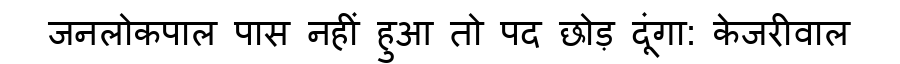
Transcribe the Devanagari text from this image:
जनलोकपाल पास नहीं हुआ तो पद छोड़ दूंगा: केजरीवाल